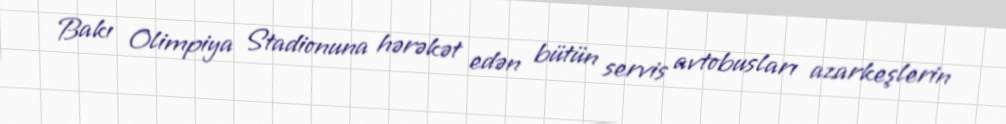
Bakı Olimpiya Stadionuna hərəkət edən bütün servis avtobusları azarkeşlerin